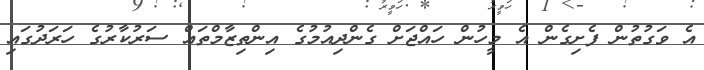
އެ ވަގުތުން ފެށިގެން އެ މީހުން ހައްޖަށް ގެންދިއުމުގެ އިންތިޒާމްތައް ސަރުކާރުގެ ހަރަދުގައި